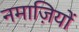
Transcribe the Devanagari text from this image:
नमाज़ियों